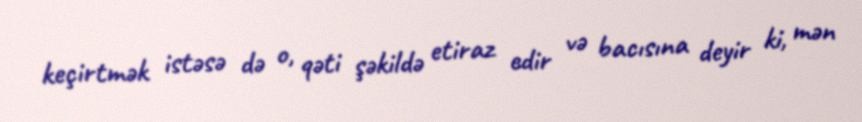
keçirtmək istəsə də o, qəti şəkildə etiraz edir və bacısına deyir ki, mən